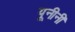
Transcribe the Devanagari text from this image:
यूनीनी